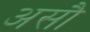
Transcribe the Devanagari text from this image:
असौ